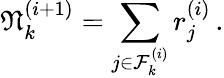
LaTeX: \mathfrak{N}_{k}^{(i+1)}=\sum_{j\in\mathcal{F}_{k}^{(i)}}r_{j}^{(i)}\, .